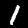
Digit: 1